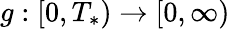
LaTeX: g:[0,T_{*})\rightarrow[0,\infty)